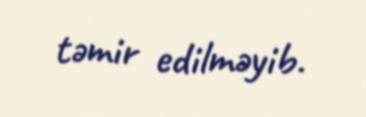
təmir edilməyib.